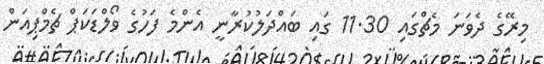
މިރޭގެ ދެވަނަ މެޗްގައި 11.30 ގައި ބައްދަލުކުރާނީ އެންމެ ފަހުގެ ވޯލްޑަކަޕް ޗެމްޕިއަން